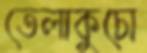
তেলাকুচো